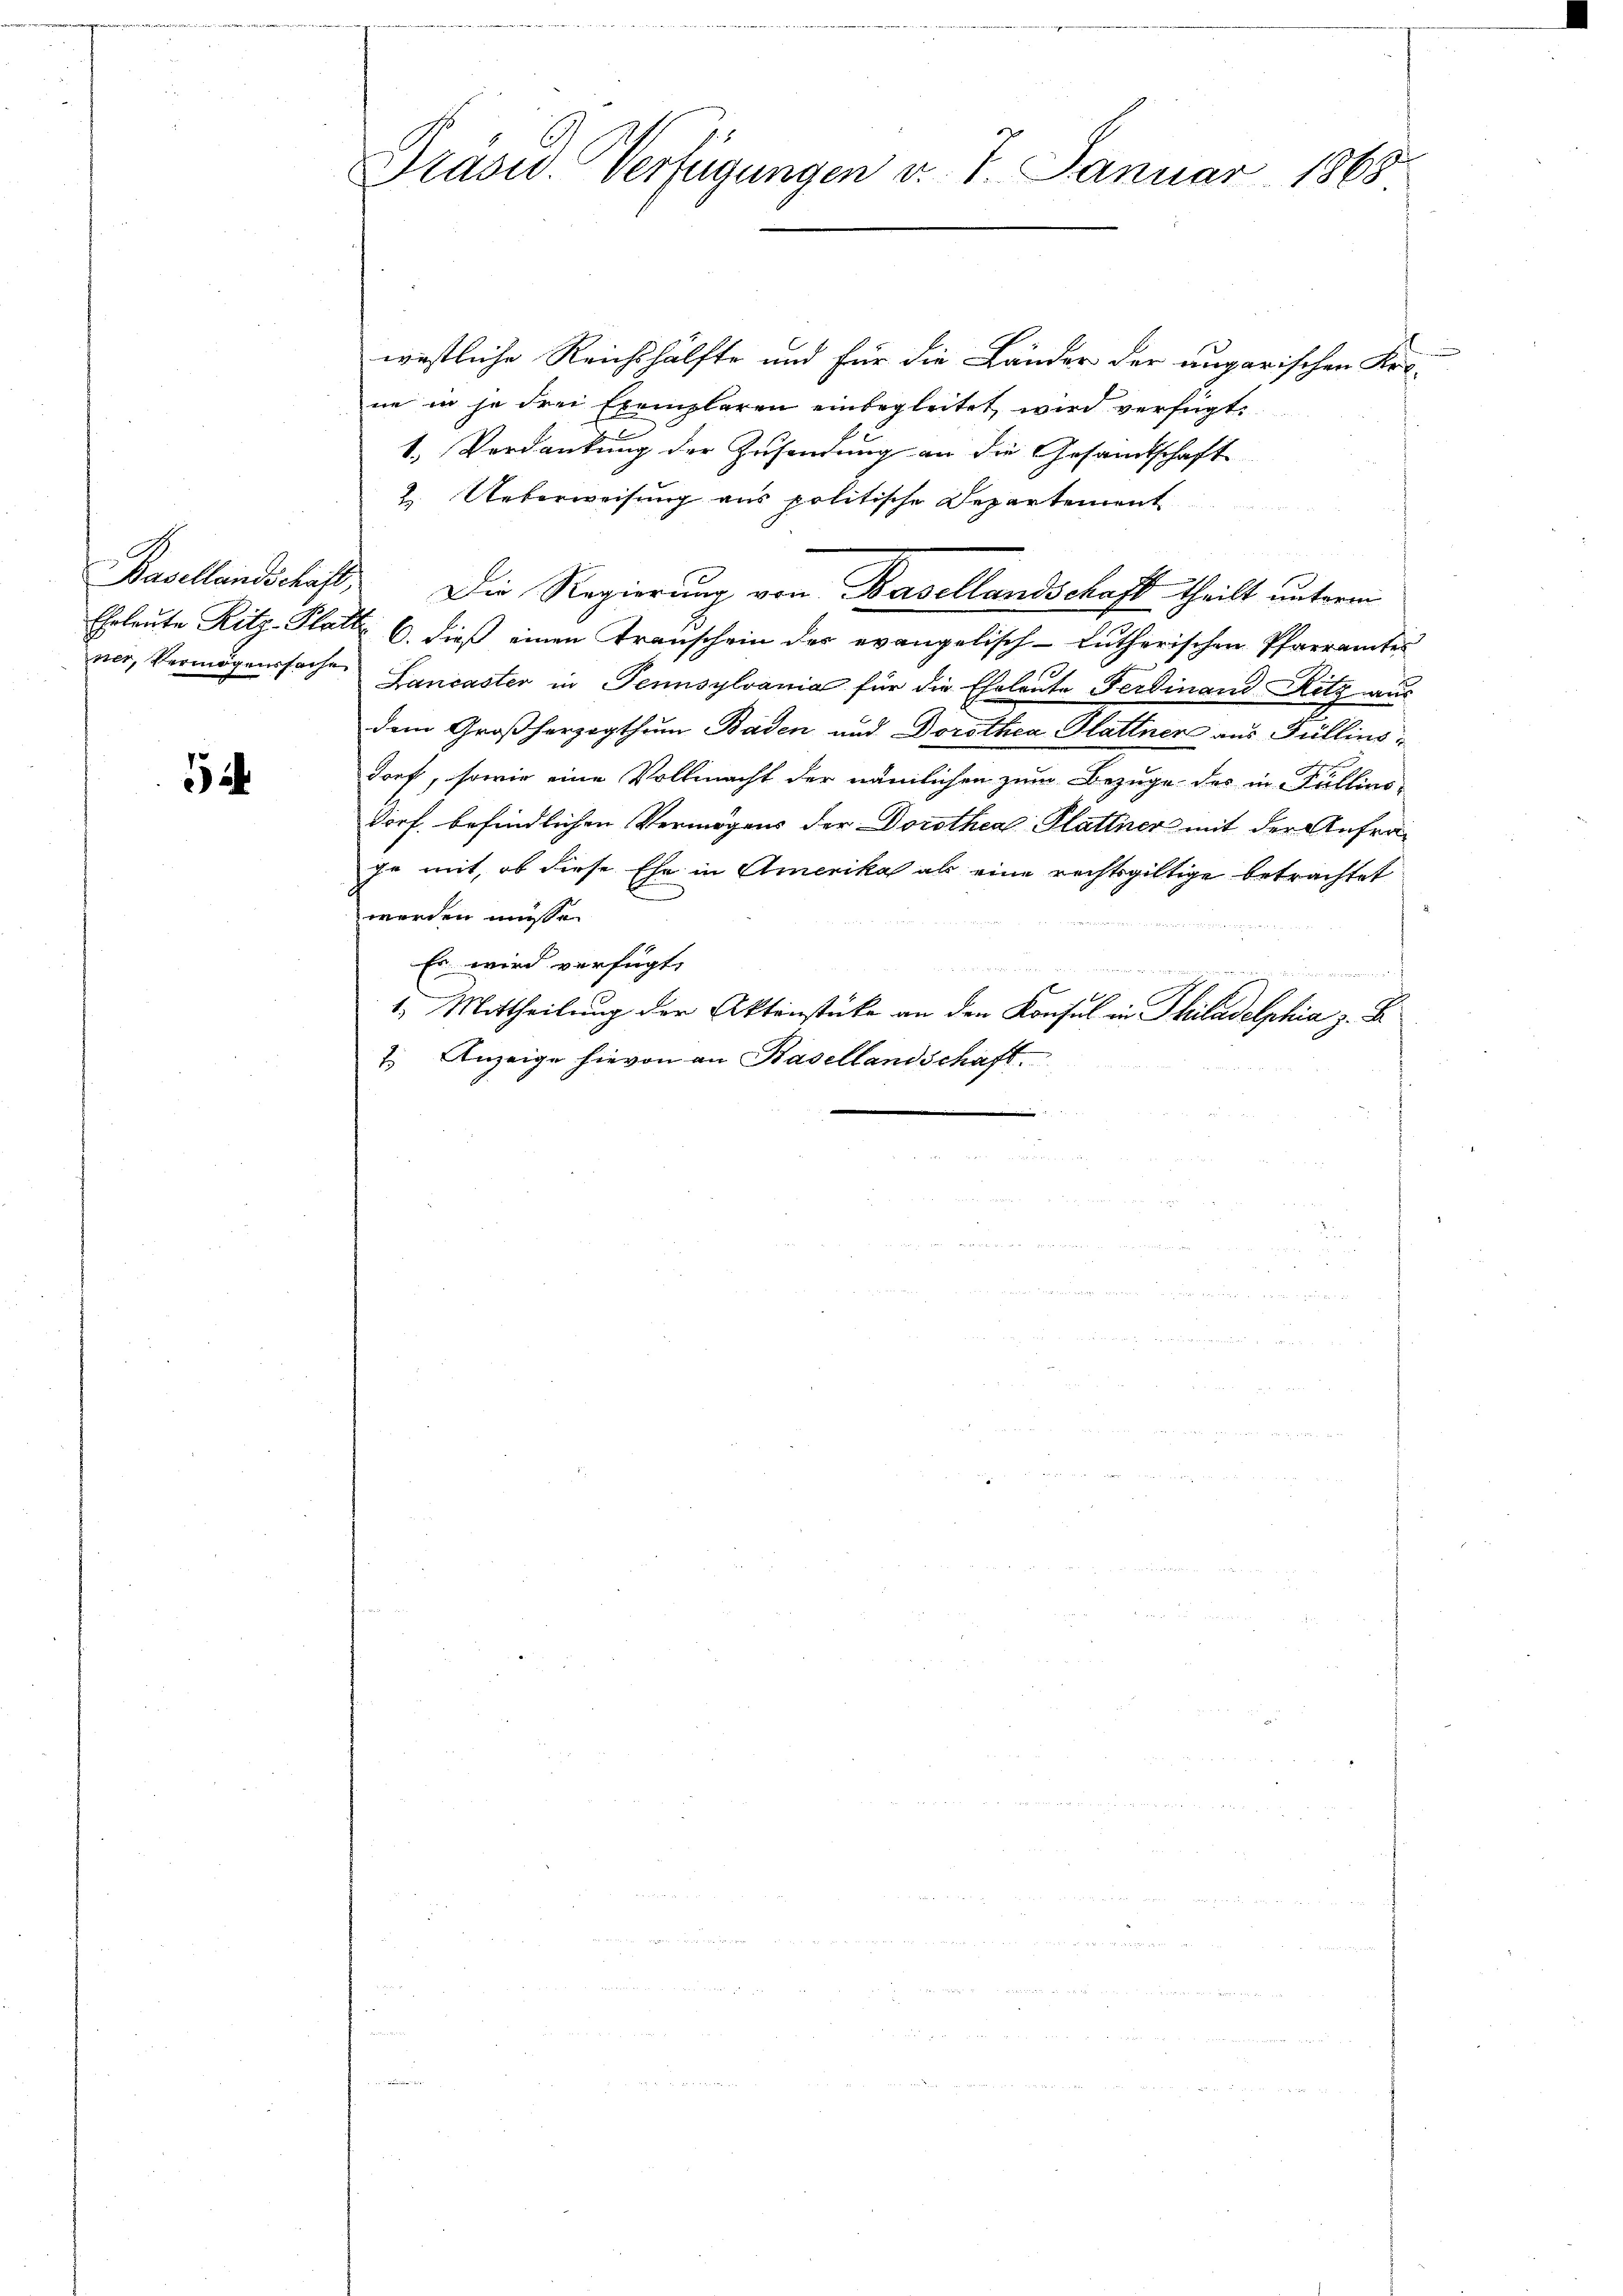
Basellandschäft,
ner, Vermögenssache

5

Präsu. Verfügungen v. 7. Januar 1868

westliche Reichshälfte und für die Länder der ungarischen Kor-
ne in je drei Exemplaren einbegleitet wird verfügt:
1. Verdankung der Zusendung an die Gesandtschaft
2. Ueberweisung aus politische Departement
Die Regierung von Basellandschaft theilt unterm
Eheleute Ritz-Platt 6. dieß einen Trauschein des evangelisch-lutherischen Pfarramtes
Lancaster in Tennsylvania für die Eheleute Ferdinand Ritz aus
dem Großherzogthum Baden und Dorothea Plattner aus Güllinodorf, sowie eine Vollmacht der nämlichen zum Bezuge des in Fullius-
Dorf befindlichen Vermögens der Dorothea Plattner mit der Anfrage mit, ob diese Ehe in Amerika als eine rechtsgültige betrachtet
werden müsse.
Es wird verfügt,
1.) Mittheilung der Aktenstücke an den Konsul in Philadelphia z. B.
7. Anzeige hievon an Basellandschaft.